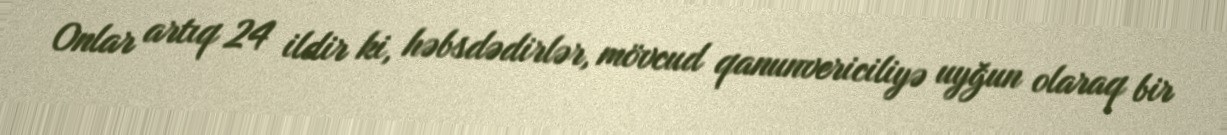
Onlar artıq 24 ildir ki, həbsdədirlər, mövcud qanunvericiliyə uyğun olaraq bir